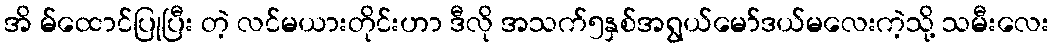
အိ မ်ထောင်ပြုပြီး တဲ့ လင်မယားတိုင်းဟာ ဒီလို အသက်၅နှစ်အရွယ်မော်ဒယ်မလေးကဲ့သို့ သမီးလေး